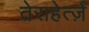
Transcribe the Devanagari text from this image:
तेराहेर्त्ज़